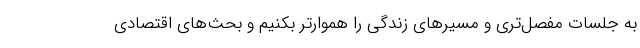
به جلسات مفصل‌تری و مسیرهای زندگی را هموارتر بکنیم و بحث‌های اقتصادی